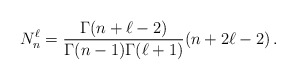
\begin{align*}N_{n}^{\ell}= \frac{\Gamma(n+\ell-2)}{\Gamma(n-1)\Gamma(\ell+1)}(n+2\ell-2) \, .\end{align*}